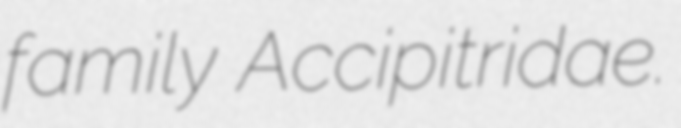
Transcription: family Accipitridae.